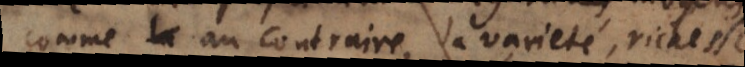
comme au contraire, la varieté, richesse